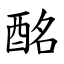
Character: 酩